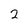
Character: 2